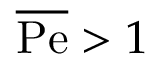
\overline { \mathrm { P e } } > 1